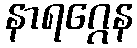
နာရဂ္ဂေန